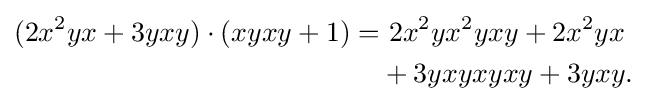
{\begin{aligned}(2x^{2}yx+3yxy)\cdot (xyxy+1)=&{\text{ }}2x^{2}yx^{2}yxy+2x^{2}yx\\&+3yxyxyxy+3yxy.\end{aligned}}